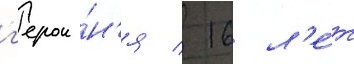
г'ерои́н'я / 16 л'е́т